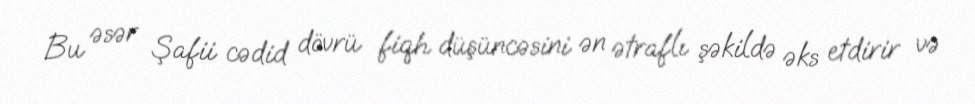
Bu əsər Şafii cədid dövrü fiqh düşüncəsini ən ətraflı şəkildə əks etdirir və